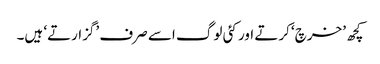
کچھ ’خرچ‘ کرتے اور کئی لوگ اسے صرف ’گزارتے‘ ہیں۔